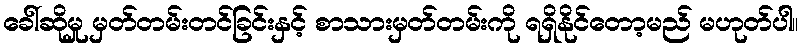
ခေါ်ဆိုမှု မှတ်တမ်းတင်ခြင်းနှင့် စာသားမှတ်တမ်းကို ရရှိနိုင်တော့မည် မဟုတ်ပါ။